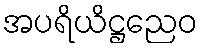
အပရိယိဋ္ဌညေဝ